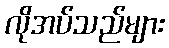
လိုအပ်သည်များ